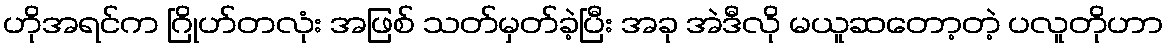
ဟိုအရင်က ဂြိုဟ်တလုံး အဖြစ် သတ်မှတ်ခဲ့ပြီး အခု အဲဒီလို မယူဆတော့တဲ့ ပလူတိုဟာ